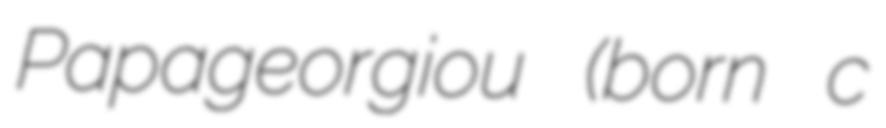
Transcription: Papageorgiou (born c